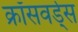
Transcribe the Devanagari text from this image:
क्रॉसवर्ड्स